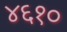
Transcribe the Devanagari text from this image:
४६१०